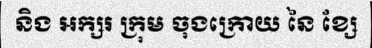
និង អក្សរ ក្រុម ចុងក្រោយ នៃ ខ្សែ